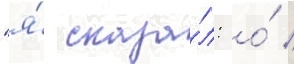
"я́ сказа́л: о́ /